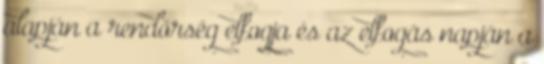
alapján a rendőrség elfogja és az elfogás napján a